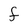
Character: f